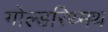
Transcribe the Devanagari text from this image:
गोल्डस्थ्मिथ